Annual statistical returns and brief notes on vaccination in Bengal - 1887-1898
Year: 1887
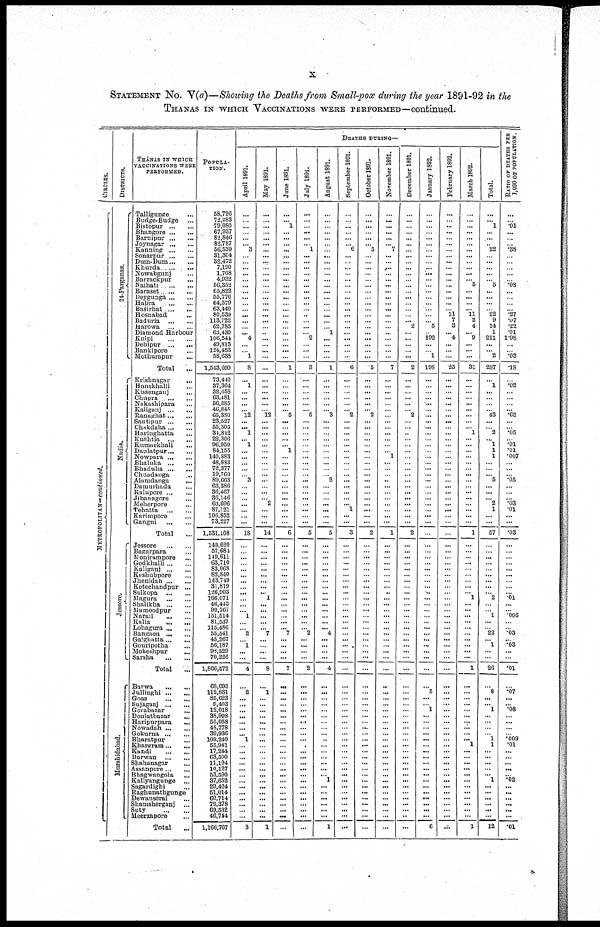
x
STATEMENT No. V(a)—Showing the Deaths from Small-pox during the year 1891-92 in the
THANAS IN WHICH VACCINATIONS WERE PERFORMED—continued.
CIRCLES.
METROPOLITAN—continued.
DISTRICTS.
24-Parganas.
Nadia.
Jessore.
Mursbidabad.
THÁNAS IN WHICH
VACCINATIONS WERE
PERFORMED.
Talligunge ...
Budge-Budge
...
Bistopur
...
...
Bhangore
...
...
Baruipur
...
...
Joynagar
...
...
Kanning
...
...
Sonarpur ... ...
Dum-Dum ... ...
Khurda
...
...
Nowabgunj ...
Barrackpur ...
Naihati
...
...
Baraset
...
...
Deygunga ... ...
Hapra
...
...
Basirhat
...
...
Hosnabad ...
Baduria
...
...
Harowa
...
...
Diamond Harbour
Kulpi
...
...
Debipur
...
...
Bankipore ...
Mothurapur
...
Total
...
Krishnagar ...
Hanskballi ...
Kissenganj ...
Chupra
...
...
Nakashipara ...
Kaliganj
...
...
Ranaghat ... ...
Santipur
...
...
Chakdaha... ...
Haringhatta ...
Kushtia
...
...
Kumarkhali ...
Daulatpur... ...
Nowpara
...
...
Bhaluka
...
...
Bhadulia
...
...
Chuadanga ...
Alamdanga
...
Damurhada ...
Kalupore
...
...
Jibanagore ...
Meherpore ...
Tehatta
...
...
Karimpore ...
Gangni
...
...
Total ...
Jessore
...
...
Bagarpara ...
Monirampore ...
Godkhalli ... ...
Kaliganj
...
...
Kesbubpore ...
Jhenidah
...
...
Kotechandpur ...
Salkopa
...
...
Magura
...
...
Shalikha
...
...
Mamoodpur ...
Narail
...
...
Kalia
...
...
Lohagura ... ...
Bangaon
...
...
Gaighatta ... ...
Gouripotha ...
Moheshpur ...
Sarsha
...
...
Total
Barwa
...
...
Jullinghi
...
...
Goas
...
...
Sujaganj
...
...
Gorabazar
Doulatbazar
...
Haripurpara
...
Nowadah
...
...
Gokurna
...
...
Bharatpur ...
Khargram ... ...
Kandi
...
...
Burwan
...
...
Shabanagar ...
Assanpore ... ...
Bhagwangola ...
Kallyangunge ...
Sagardighi
...
Raghunathgunge
Dewanserai
...
Shamsherganj
...
Suty
...
...
Meerzapore
...
Total ...
POPULA-
TION.
58,726
72,283
79,080
67,937
82,846
82,787
56,539
31,304
32,472
7,190
1,708
4,932
56,352
65,822
55,776
64,579
63,440
80,539
113,722
62,785
63,430
106,544
49,815
124,453
58,638
1,543,699
73,440
37,364
32,658
63,481
56,385
46,845
65,380
23,527
55,305
34,842
22,306
96,959
84,155
140,883
48,883
72,377
19,760
89,663
63,386
36,467
36,146
63,696
87,121
106,852
73,227
1,531,108
149,620
57,684
149,611
63,710
83,068
82,840
143,749
31,819
126,903
166,071
46,443
90,767
151,514
81,537
115,486
55,541
45,267
56,187
98,529
70,226
1,866,572
68,695
112,831
85,623
9,403
12,018
33,998
55,058
48,778
89,936
109,240
55,981
17,244
63,590
11,194
10,127
53,590
37,652
29,424
51,014
60,714
79,378
69,532
46,744
1,166,767
DEATHS DURING—
April 1891.
...
...
...
...
...
... 3
...
...
...
...
...
...
...
...
... ...
...
...
...
... 4
...
... 1
8
...
1
...
...
...
... 12
...
... 1
... 1
...
...
...
...
... 3
...
...
...
...
...
...
...
18
...
...
...
... ...
...
...
...
...
...
...
... 1
...
... 2
... 1
...
...
4
...
2
...
... ...
... ...
...
... 1
...
...
...
...
...
...
...
...
...
...
...
...
...
3
May 1891.
...
...
...
...
...
...
...
...
...
...
...
...
...
...
...
...
...
...
...
...
...
...
...
...
...
...
...
...
...
...
...
... 12
...
...
...
...
...
...
...
...
...
...
...
...
...
... 2
... ...
...
14
...
...
...
... ...
...
...
...
... 1
...
...
...
...
... 7
...
...
...
...
8
...
1
...
... ...
... ...
...
...
... ...
...
...
...
...
...
...
...
...
...
...
...
...
1
June 1891.
...
...
1
...
...
...
...
...
...
...
...
...
...
...
...
... ...
...
...
...
...
... ...
...
...
1
...
...
...
...
... ... 5
...
...
...
...
... 1
...
...
...
...
...
...
...
...
...
... ...
...
6
...
...
...
...
...
...
...
... ...
...
...
...
...
...
... 7
...
...
...
...
7
...
...
...
... ...
...
...
...
...
... ...
...
...
...
...
...
...
...
...
... ...
...
...
...
July 1891.
...
...
...
...
...
...
1
...
...
...
...
...
...
...
...
...
...
...
...
...
... 2
...
...
...
3
...
...
...
...
...
... 5
...
...
...
...
...
...
...
...
...
...
...
...
...
...
...
...
...
...
5
...
...
...
... ...
...
...
...
... ...
...
...
...
...
... 2
...
...
...
...
2
...
...
...
...
...
...
...
...
...
... ...
...
...
...
...
...
...
...
...
...
...
...
...
...
August 1891.
...
...
...
...
...
...
...
...
...
...
...
...
...
...
...
...
...
...
...
... 1
...
...
...
...
1
...
...
...
...
...
... 3
...
...
...
...
...
...
...
...
...
... 2
...
...
...
...
... ...
...
5
...
...
...
...
...
...
...
...
... ...
...
...
...
...
... 4
...
...
...
...
4
...
...
...
... ...
...
...
...
...
...
...
...
...
...
...
... 1
...
...
... ...
...
...
1
September 1891.
...
...
...
...
...
...
6
...
...
...
...
...
...
...
...
... ...
...
...
...
...
... ...
...
...
6
...
...
...
...
... ... 2
...
...
...
...
...
...
...
...
...
...
...
...
...
...
... 1
...
...
3
...
...
...
...
...
...
...
...
...
...
...
...
...
...
...
...
...
...
...
...
...
...
...
...
...
...
...
...
...
...
... ...
...
...
...
...
...
...
...
...
...
...
...
...
...
October 1891.
...
...
...
...
...
... 5
...
...
...
...
...
...
...
...
... ...
...
...
...
...
... ...
...
...
5
...
...
...
...
... ... 2
...
...
...
...
...
...
...
...
...
...
...
...
...
...
...
...
...
...
2
...
...
...
... ...
...
...
...
... ...
...
...
...
...
...
...
...
...
...
...
...
...
...
...
... ...
...
...
...
...
...
...
...
...
...
...
...
...
...
...
... ...
...
...
...
November 1891.
...
...
...
...
...
...
7
...
...
...
...
...
...
...
...
... ...
...
...
...
...
...
...
...
...
7
...
...
...
...
... ...
...
...
...
...
...
...
... 1
...
...
...
...
...
...
...
...
... ...
...
1
...
...
...
...
...
...
...
...
...
...
...
...
...
...
...
...
...
...
...
...
...
...
...
...
...
...
... ...
...
...
... ...
...
...
...
...
...
...
...
...
... ...
...
...
...
December 1891.
...
...
...
...
...
...
...
...
...
...
...
...
...
...
...
... ...
...
... 2
...
...
...
...
...
2
...
...
...
...
...
... 2
...
...
...
...
...
...
...
...
...
...
...
...
...
...
...
... ...
...
2
...
...
...
... ...
...
...
...
...
...
...
...
...
...
...
...
...
...
...
...
...
...
...
...
... ...
... ...
...
...
... ...
...
...
...
...
...
...
...
...
... ...
...
...
...
January 1892.
...
...
...
...
...
...
...
...
...
...
... ...
...
...
...
... ...
...
... 5
... 192
...
... 1
198
...
...
...
...
...
...
...
...
...
...
...
...
...
...
...
...
...
...
...
...
...
...
... ...
...
...
...
...
...
...
...
...
...
...
...
...
...
...
...
...
...
... ...
...
...
...
...
...
5
...
... 1
... ...
...
...
... ...
...
...
...
...
...
...
...
...
... ...
...
...
6
February 1892.
...
...
...
...
...
...
...
...
...
...
...
...
...
...
...
...
... 11
7
3
... 4
...
...
...
25
...
...
...
...
...
...
...
...
...
...
...
...
...
...
...
...
...
...
...
...
...
...
...
...
...
...
...
...
...
...
...
...
...
...
... ...
...
...
...
...
...
...
...
...
...
...
...
...
...
...
... ...
... ...
...
...
... ...
...
...
...
...
...
...
...
...
... ...
...
...
...
March 1892.
...
...
...
...
...
...
...
...
...
...
... ... 5
...
...
...
... 11
2
4
... 9
...
...
...
31
...
...
...
...
... ...
...
...
... 1
...
...
...
...
...
...
...
...
...
...
...
...
... ...
...
1
...
...
...
...
...
...
...
...
... 1
...
...
...
...
...
...
...
...
...
...
1
...
...
...
... ...
... ...
...
...
... 1
...
...
...
...
...
...
...
...
... ...
...
...
1
Total.
...
... 1
...
...
...
22
...
...
...
...
... 5
...
...
... ... 22
9
14
1
211
...
... 2
287
...
1
...
...
... ... 43
...
... 2
... 1
1
1
...
...
... 5
...
...
... 2
1
...
...
57
...
...
...
...
...
...
...
...
... 2
...
... 1
...
... 22
... 1
...
...
26
...
8
...
... 1
... ...
...
... 1
1
...
...
...
...
... 1
...
...
... ...
...
...
12
RATIO OF DEATHS PER
1,000 OF POPULATION.
...
...
.01
...
...
...
.38
...
...
...
...
... .08
...
...
... ... .27
.07
.22
.01
1.98
...
... .03
.18
...
.02
...
...
... ... .65
...
... .05
... .01
.01
.007
...
...
... .05
...
...
... .03
.01
...
...
.03
...
...
...
... ...
...
...
...
... .01
...
... .006
...
... .03
... .03
...
...
.01
...
.07
...
... .08
... ...
...
... .009
.01
...
...
...
...
... .02
...
...
... ...
...
...
.01